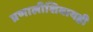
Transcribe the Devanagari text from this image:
प्रणालीशिवायही